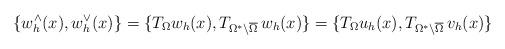
LaTeX: \begin{align*}\left\{w_h^{\wedge}(x), w_h^{\vee}(x)\right\} =\{T_{\Omega}w_h(x), T_{\Omega^*\setminus\overline{\Omega}}\,w_h(x)\}=\{T_{\Omega}u_h(x), T_{\Omega^*\setminus\overline{\Omega}}\,v_h(x)\}\end{align*}